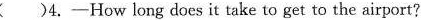
( )4.-How long does it take to get to the airport?